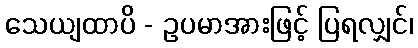
သေယျထာပိ - ဥပမာအားဖြင့် ပြရလျှင်၊